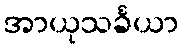
အာယုသင်္ခယာ